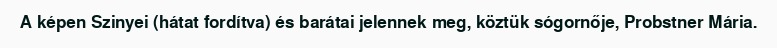
A képen Szinyei (hátat fordítva) és barátai jelennek meg, köztük sógornője, Probstner Mária.